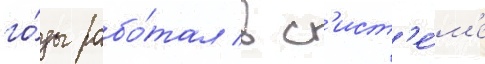
го́ды рабо́тал в с'ист'е́м'е